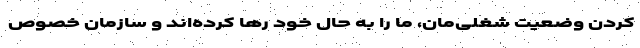
کردن وضعیت شغلی‌‌مان، ما را به حال خود رها کرده‌اند و سازمان خصوص